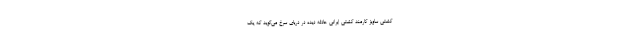
کشتی ساویز کارمند کشتی ایرانی حادثه دیده در دریای سرخ می‌گوید که یک